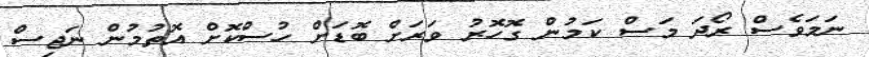
ނަމަވެސް ރޯދަ މަސް ކަމުން ގޮހޮރު ވަރަށް ބޮޑަށް ހުސްކޮށް އޮތުމުން ނަޖިސް